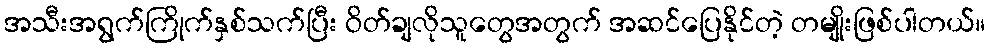
အသီးအရွက်ကြိုက်နှစ်သက်ပြီး ဝိတ်ချလိုသူတွေအတွက် အဆင်ပြေနိုင်တဲ့ တမျိုးဖြစ်ပါတယ်။